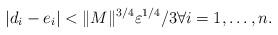
LaTeX: \begin{align*}|d_i-e_i|<\|M\|^{3/4}\varepsilon^{1/4}/3\forall i=1,\ldots,n. \end{align*}